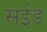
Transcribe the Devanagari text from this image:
सईड